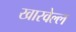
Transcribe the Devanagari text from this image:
खारवेल्ल